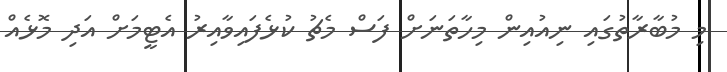
މި މުބާރާތުގައި ނިއުއިން މިހާތަނަށް ފަސް މެޗު ކުޅެފައިވާއިރު އެޓީމަށް އަދި މޮޅެއް